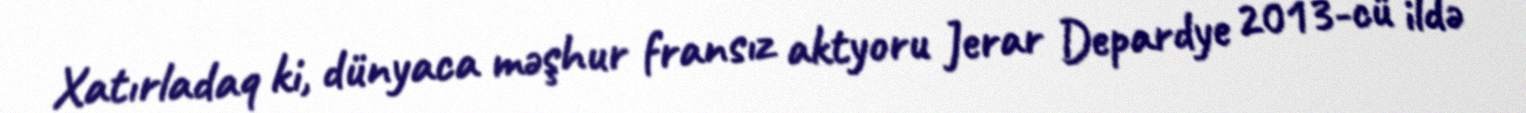
Xatırladaq ki, dünyaca məşhur fransız aktyoru Jerar Depardye 2013-cü ildə